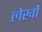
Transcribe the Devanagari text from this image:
लेखोंं